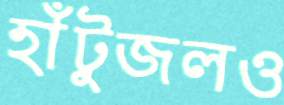
হাঁটুজলও